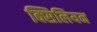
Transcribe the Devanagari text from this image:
क्सिलियन